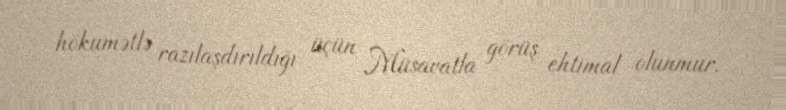
hökumətlə razılaşdırıldığı üçün Müsavatla görüş ehtimal olunmur.